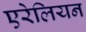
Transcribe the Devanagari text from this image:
एरेलियन